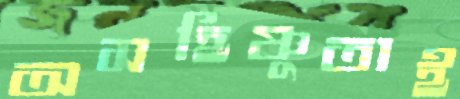
অসহিষ্ণুতাই